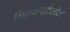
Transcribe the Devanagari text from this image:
विशाळगडदेखील